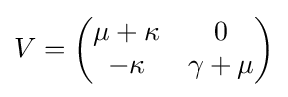
V={\begin{pmatrix}\mu +\kappa &0\\-\kappa &\gamma +\mu \end{pmatrix}}